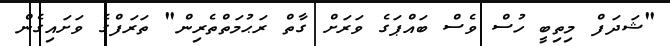
"ޝަދަފް މިތިބީ ހުސް ވެސް ބައްޕަގެ ވަރަށް ގާތް ރަޙުމަތްތެރިން" ތަރަފްގެ ވަށައިގެން